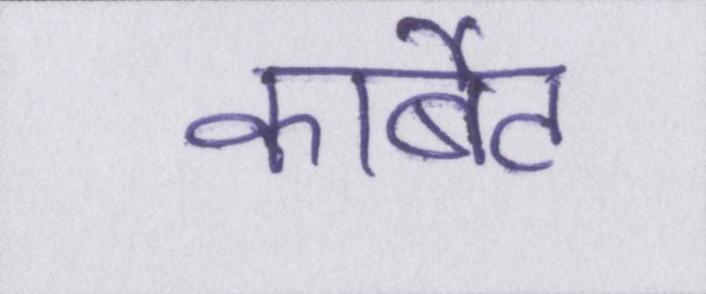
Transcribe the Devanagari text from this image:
कार्बेट